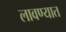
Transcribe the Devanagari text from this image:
लावण्‍यात